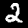
Digit: 2